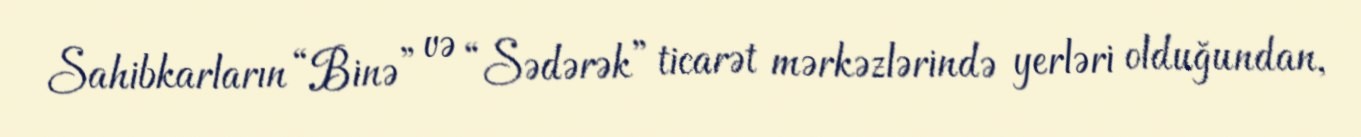
Sahibkarların “Binə” və “Sədərək” ticarət mərkəzlərində yerləri olduğundan,